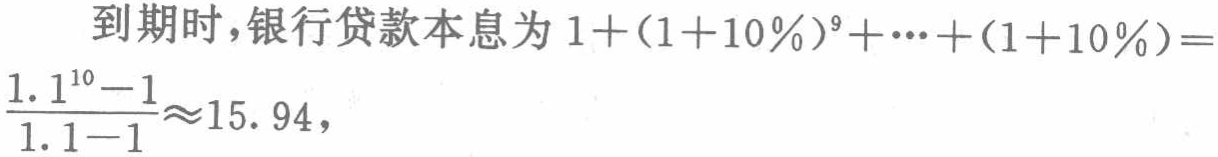
到期时，银行贷款本息为\(1+(1 + 10\%)^{9}+\cdots+(1 + 10\%)=\frac{1.1^{10}-1}{1.1 - 1}\approx15.94\)，